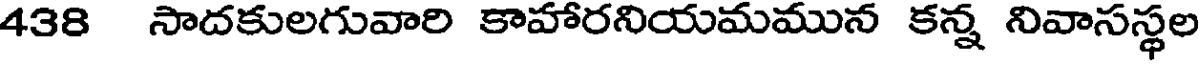
438 సాదకులగువారి కాహారనియమమున కన్న నివాసస్థల